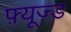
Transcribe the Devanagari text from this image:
फ़्यूज़्ड